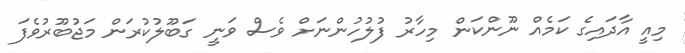
މިއީ އާދައިގެ ކަމެއް ނޫންކަން މިހާރު ފުލުހުންނަށް ވެސް ވަނީ ގަބޫލުކުރަން މަޖުބޫރުވެފަ